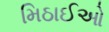
મિઠાઈઓ